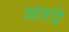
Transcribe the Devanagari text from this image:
आरपें